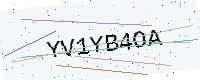
Text: YV1YB4OA